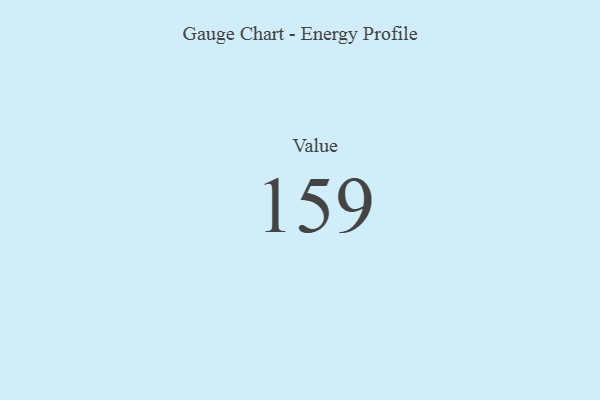
{"axis": {"x": "Metric", "y": "Value"}, "legend": [""], "data": [{"x": "Value", "y": 159, "type": ""}]}